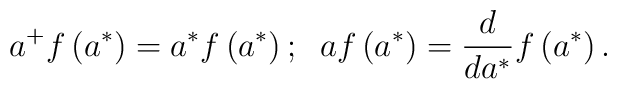
a^{+}f\left( a^{\ast }\right) =a^{\ast }f\left( a^{\ast }\right) ;\;\;af\left( a^{\ast }\right) =\frac{d}{da^{\ast }}f\left( a^{\ast }\right) .